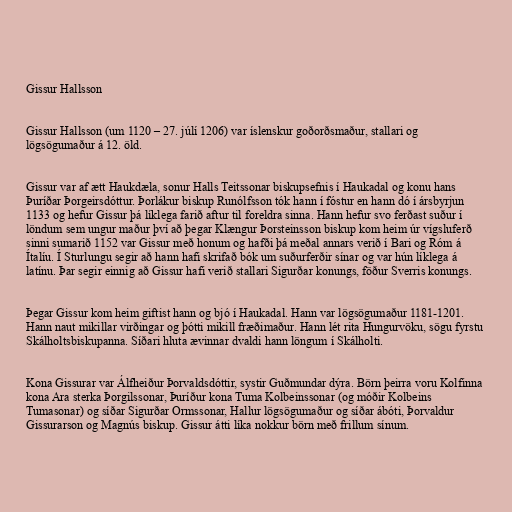
Gissur Hallsson

Gissur Hallsson (um 1120 – 27. júlí 1206) var íslenskur goðorðsmaður, stallari og
lögsögumaður á 12. öld.

Gissur var af ætt Haukdæla, sonur Halls Teitssonar biskupsefnis í Haukadal og konu hans
Þuríðar Þorgeirsdóttur. Þorlákur biskup Runólfsson tók hann í fóstur en hann dó í ársbyrjun
1133 og hefur Gissur þá líklega farið aftur til foreldra sinna. Hann hefur svo ferðast suður í
löndum sem ungur maður því að þegar Klængur Þorsteinsson biskup kom heim úr vígsluferð
sinni sumarið 1152 var Gissur með honum og hafði þá meðal annars verið í Bari og Róm á
Ítalíu. Í Sturlungu segir að hann hafi skrifað bók um suðurferðir sínar og var hún líklega á
latínu. Þar segir einnig að Gissur hafi verið stallari Sigurðar konungs, föður Sverris konungs.

Þegar Gissur kom heim giftist hann og bjó í Haukadal. Hann var lögsögumaður 1181-1201.
Hann naut mikillar virðingar og þótti mikill fræðimaður. Hann lét rita Hungurvöku, sögu fyrstu
Skálholtsbiskupanna. Síðari hluta ævinnar dvaldi hann löngum í Skálholti.

Kona Gissurar var Álfheiður Þorvaldsdóttir, systir Guðmundar dýra. Börn þeirra voru Kolfinna
kona Ara sterka Þorgilssonar, Þuríður kona Tuma Kolbeinssonar (og móðir Kolbeins
Tumasonar) og síðar Sigurðar Ormssonar, Hallur lögsögumaður og síðar ábóti, Þorvaldur
Gissurarson og Magnús biskup. Gissur átti líka nokkur börn með frillum sínum.